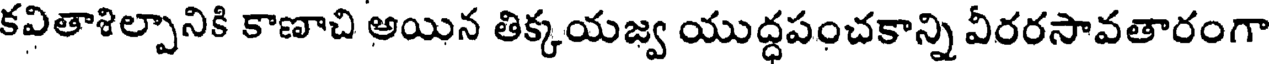
కవితాశిల్పానికి కాణాచి అయిన తిక్కయజ్వ యుద్ధపంచకాన్ని వీరరసావతారంగా